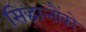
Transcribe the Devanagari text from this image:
सिद्धान्तौंको